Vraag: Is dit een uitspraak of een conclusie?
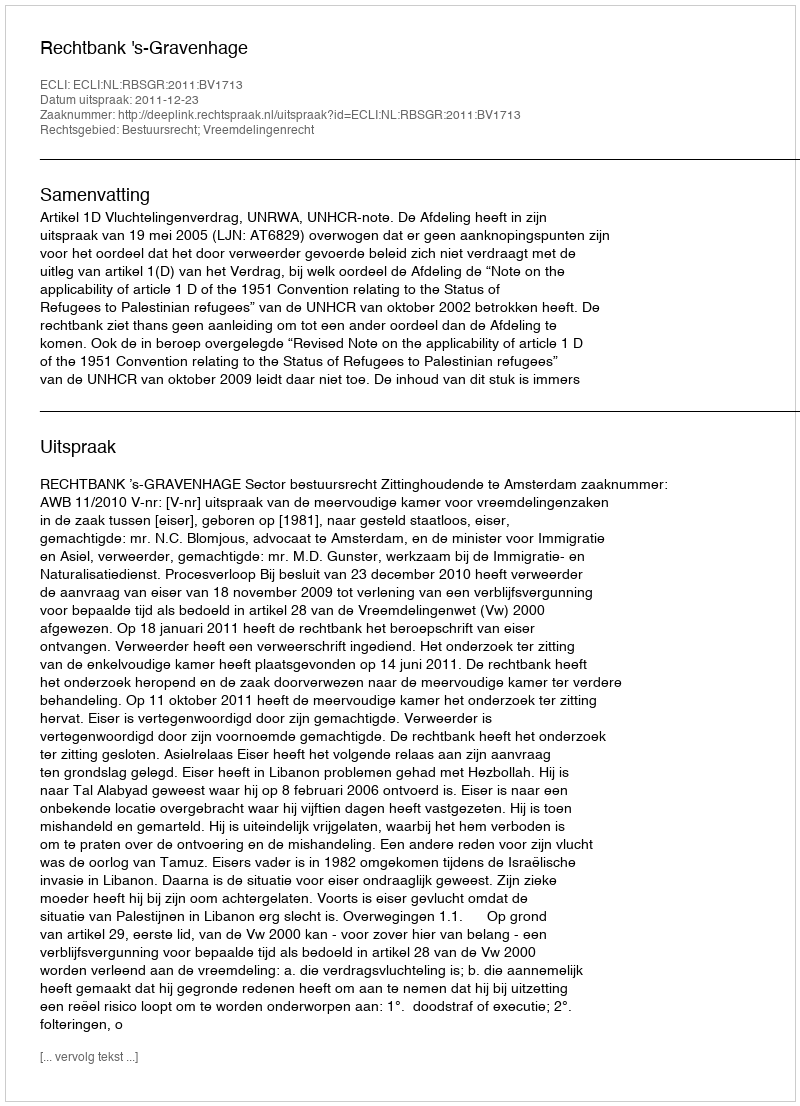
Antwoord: Uitspraak